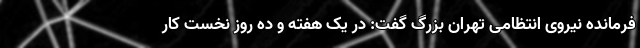
فرمانده نیروی انتظامی تهران بزرگ گفت: در یک هفته و ده روز نخست کار